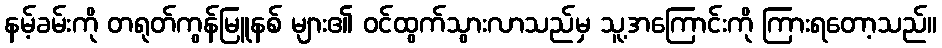
နမ့်ခမ်းကို တရုတ်ကွန်မြူနစ် များ၏ ဝင်ထွက်သွားလာသည်မှ သူ့အကြောင်းကို ကြားရတော့သည်။